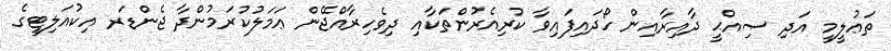
ތަޢުލީމީ އަދި ޞިއްޙީ ދާއިރާއިން ހޯދައިފައިވާ ކުރިއެރުންތަކާއި ދިވެހިރާއްޖޭން ޢަމަލުކުރަމުންދާ ޖެންޑަރ އިކުއަލިޓީގެ